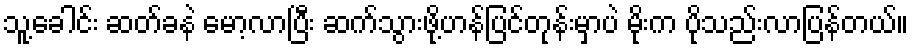
သူ့ခေါင်း ဆတ်ခနဲ မော့လာပြီး ဆက်သွားဖို့ဟန်ပြင်တုန်းမှာပဲ မိုးက ပိုသည်းလာပြန်တယ်။